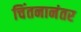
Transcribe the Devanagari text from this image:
चिंतनानंतर